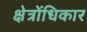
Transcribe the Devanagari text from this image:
क्षेत्रोंधिकार